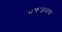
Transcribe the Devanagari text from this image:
भक्तजनांचा